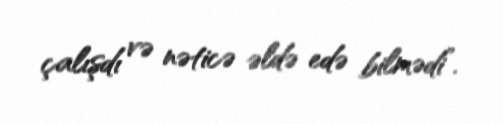
çalışdı və nəticə əldə edə bilmədi”.